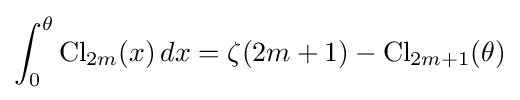
\int _{0}^{\theta }\operatorname {Cl} _{2m}(x)\,dx=\zeta (2m+1)-\operatorname {Cl} _{2m+1}(\theta )